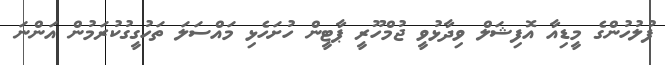
ފުލުހުންގެ މީޑިއާ އޮފިޝަލް ވިދާޅުވީ ޖުމްހޫރީ ޕާޓީން ހުށަހެޅި މައްސަލަ ތަހުގީގުކުރަމުން އަންނަ